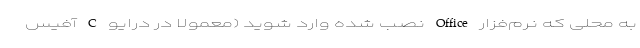
به محلی که نرم‌­فزار Office نصب شده وارد شوید (معمولا در درایو C آفیس